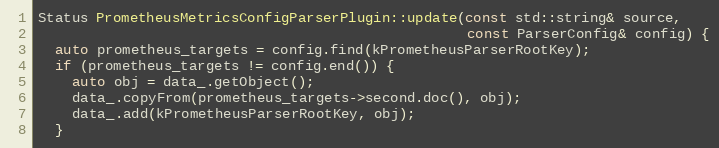
Language: C++
Status PrometheusMetricsConfigParserPlugin::update(const std::string& source,
                                                   const ParserConfig& config) {
  auto prometheus_targets = config.find(kPrometheusParserRootKey);
  if (prometheus_targets != config.end()) {
    auto obj = data_.getObject();
    data_.copyFrom(prometheus_targets->second.doc(), obj);
    data_.add(kPrometheusParserRootKey, obj);
  }